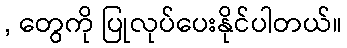
, တွေကို ပြုလုပ်ပေးနိုင်ပါတယ်။